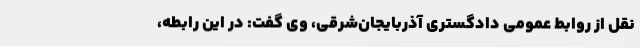
نقل از روابط عمومی دادگستری آذربایجان‌شرقی، وی گفت: در این رابطه،